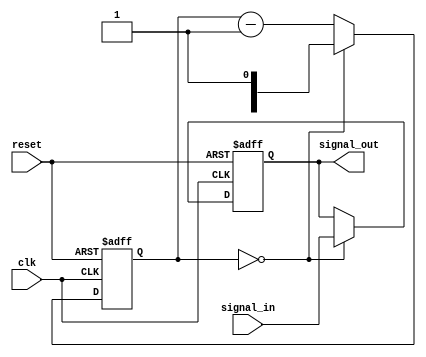
module rc_delay (
    input wire clk,
    input wire reset,
    input wire signal_in,
    output wire signal_out
);

reg [7:0] delay_count_reg = 8'hFF; // Default delay count value
reg [7:0] delay_count_next;
reg signal_buffered;

always @(posedge clk or posedge reset) begin
    if (reset) begin
        delay_count_reg <= 8'hFF;
        signal_buffered <= 1'b0;
    end else begin
        if (delay_count_reg == 8'h00) begin
            delay_count_reg <= delay_count_next;
            signal_buffered <= signal_in; // Buffer the input signal
        end else begin
            delay_count_reg <= delay_count_reg - 1;
        end
    end
end

assign signal_out = signal_buffered;

endmodule